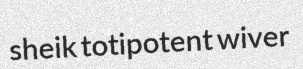
sheik totipotent wiver